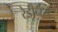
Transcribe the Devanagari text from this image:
रेडीनेस